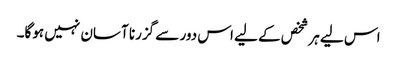
اس لیے ہر شخص کے لیے اس دور سے گزرنا آسان نہیں ہوگا۔